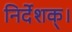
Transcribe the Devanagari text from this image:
निर्देशक्।